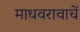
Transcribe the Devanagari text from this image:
माधवरावाचें